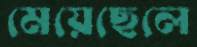
মেয়েছেলে